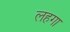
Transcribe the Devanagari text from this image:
लहगा